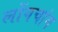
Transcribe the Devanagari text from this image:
लोंगचांग